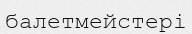
балетмейстері